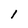
Character: 1